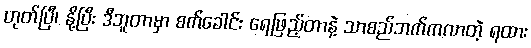
ဟုတ်ပြီ၊ နို့ပြီး ဒီဘူတာမှာ စက်ခေါင်း ရေဖြည့်တာနဲ့ သာစည်ဘက်ကလာတဲ့ ရထား